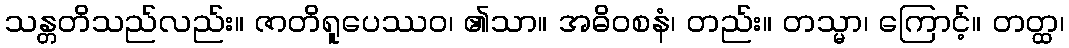
သန္တတိသည်လည်း။ ဇာတိရူပေဿဝ၊ ၏သာ။ အဓိဝစနံ၊ တည်း။ တသ္မာ၊ ကြောင့်။ တတ္ထ၊